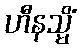
ဟီနသ္မိံ